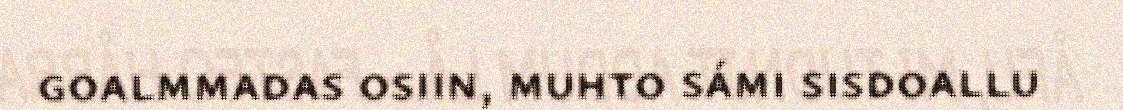
goalmmadas osiin, muhto sámi sisdoallu